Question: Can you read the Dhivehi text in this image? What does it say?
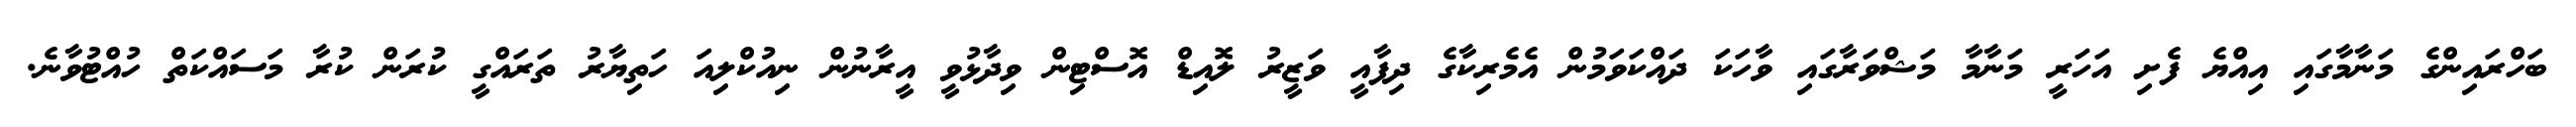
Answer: ބަހްރައިންގެ މަނާމާގައި އިއްޔެ ފެށި އަހަރީ މަނާމާ މަޝްވަރާގައި ވާހަކަ ދައްކަވަމުން އެމެރިކާގެ ދިފާއީ ވަޒީރު ލޮއިޑް އޮސްޓިން ވިދާޅުވީ އީރާނުން ނިއުކްލިއަ ހަތިޔާރު ތަރައްގީ ކުރަން ކުރާ މަސައްކަތް ހުއްޓުވާނެ.